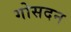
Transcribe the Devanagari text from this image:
गोसदन